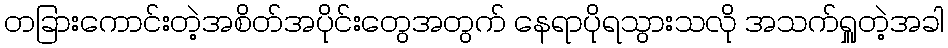
တခြားကောင်းတဲ့အစိတ်အပိုင်းတွေအတွက် နေရာပိုရသွားသလို အသက်ရှူတဲ့အခါ